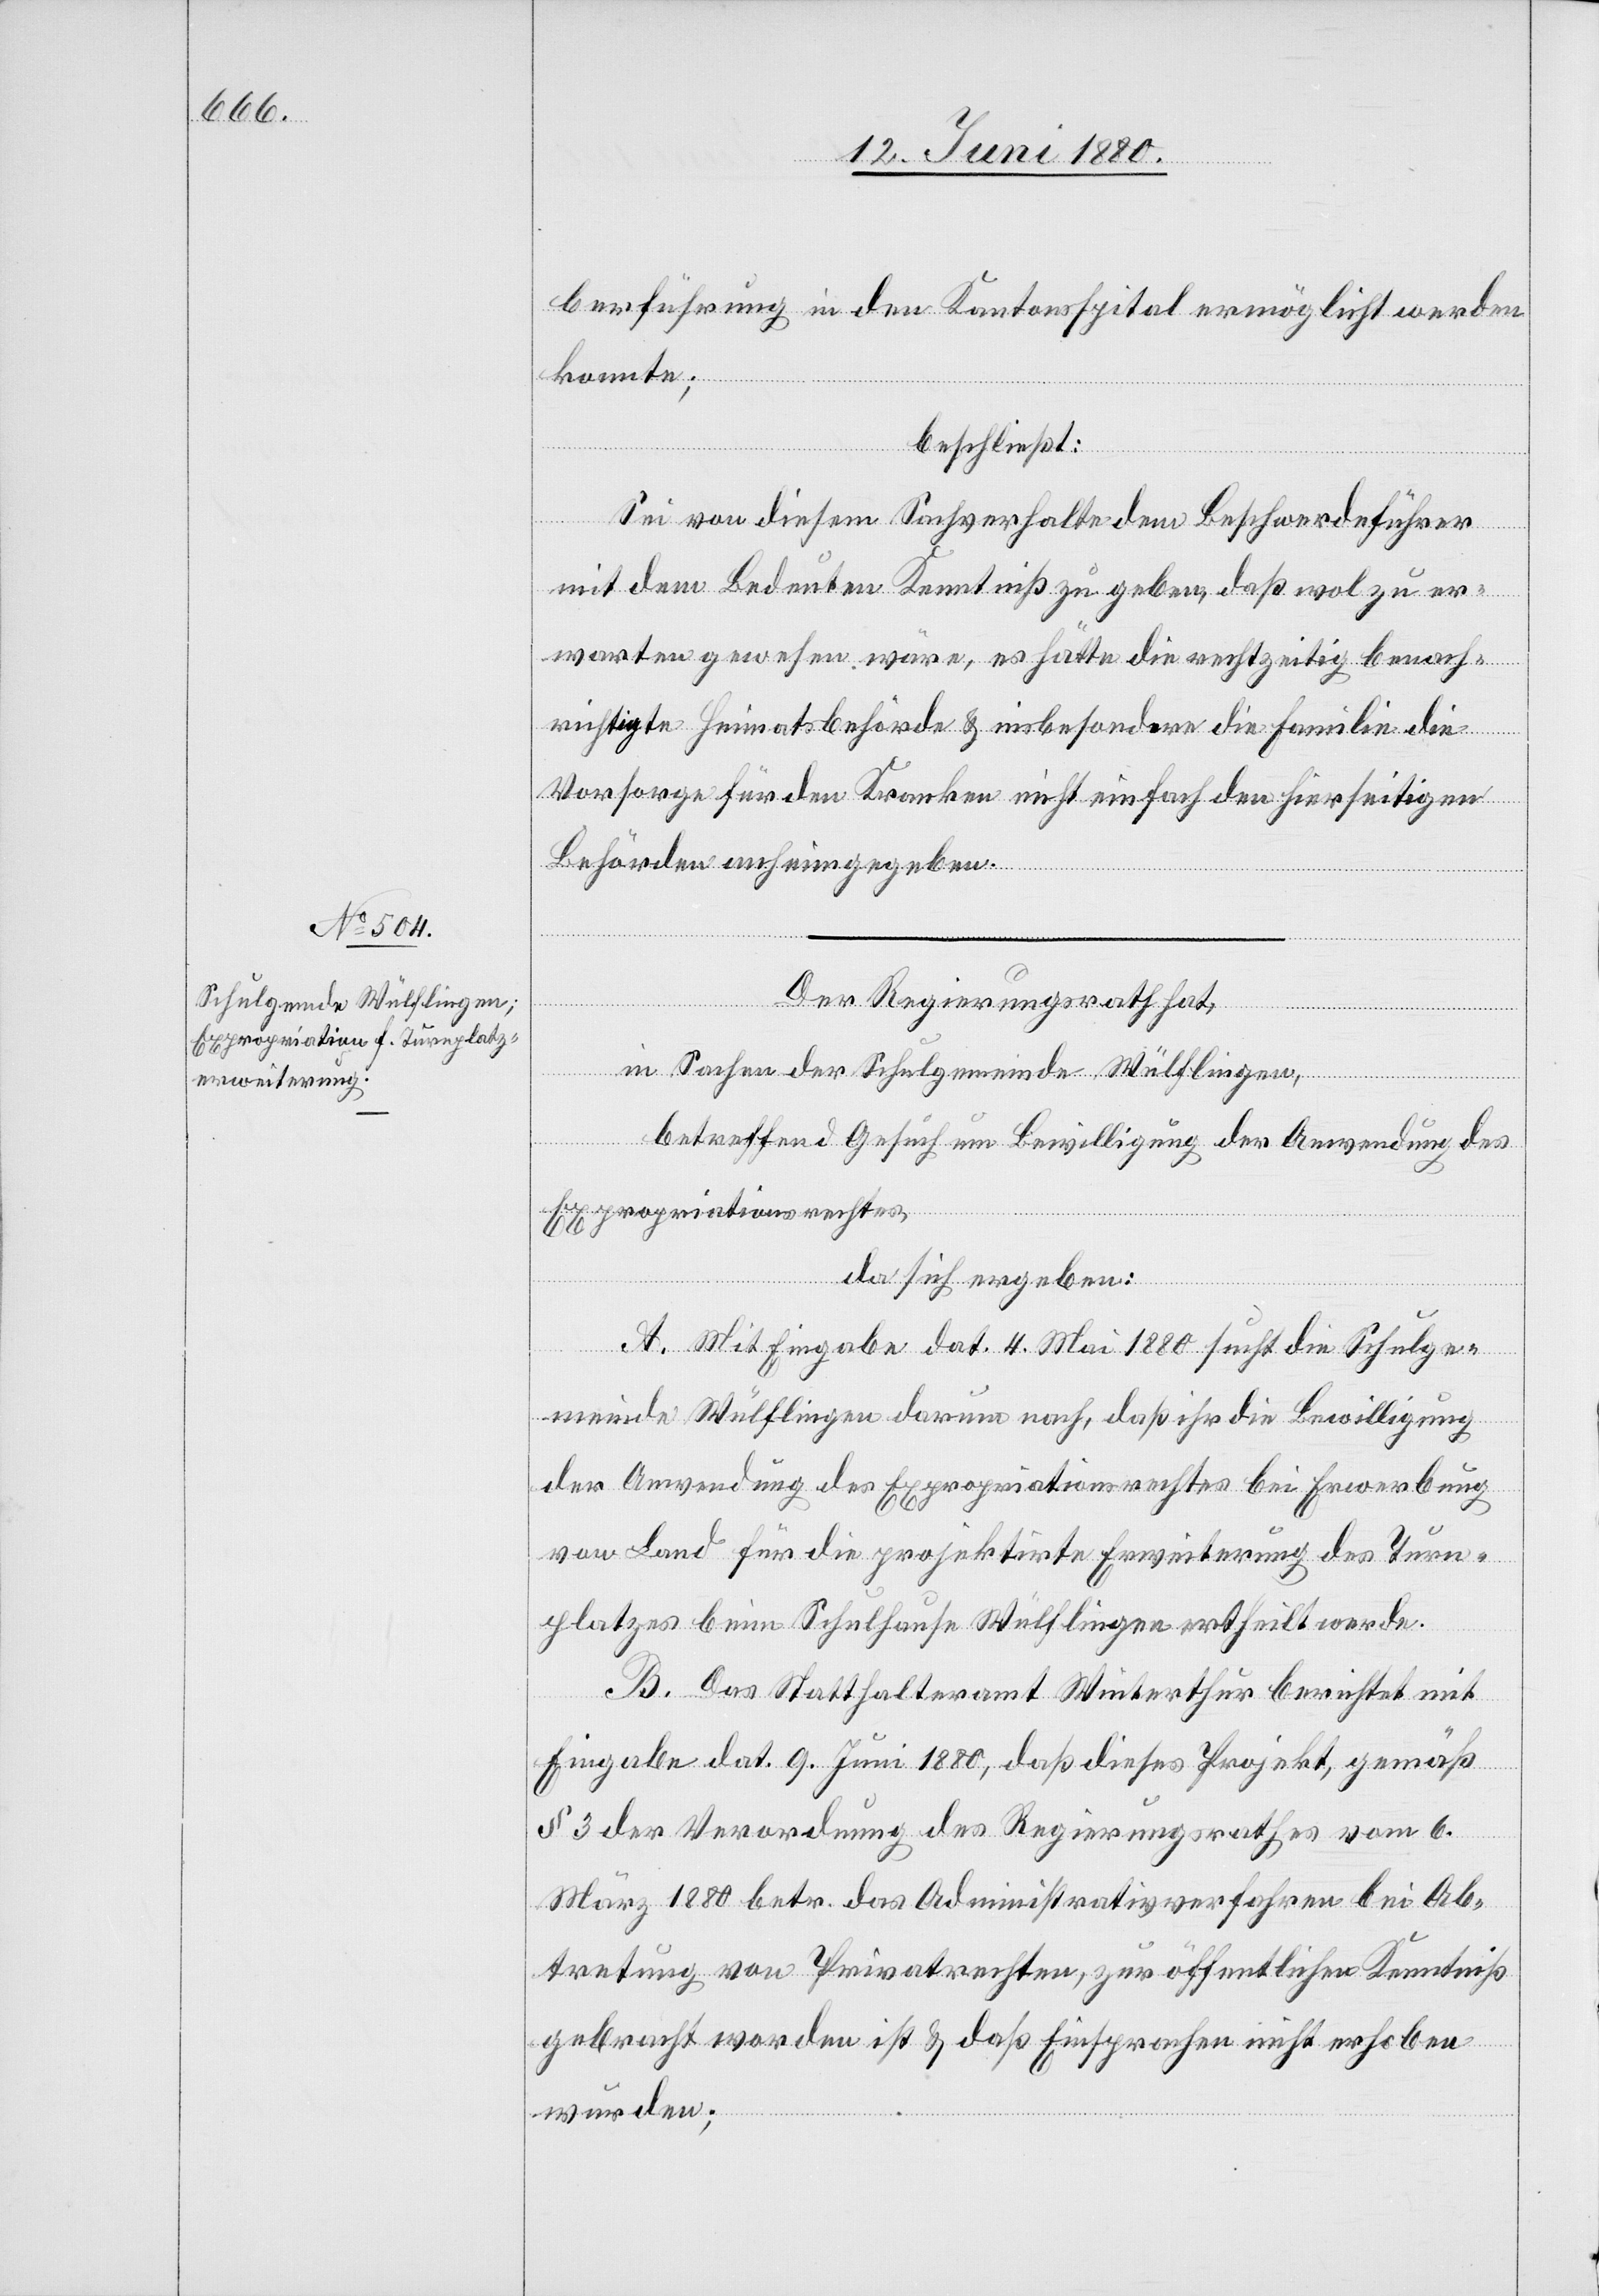
berführung in den Kantonsspital ermöglicht werden
konnte;
beschließt:
Sei von diesem Sachverhalte dem Beschwerdeführer
mit dem Bedeuten Kenntniß zu geben, daß wol zu er¬
warten gewesen wäre, es hätte die rechtzeitig benach¬
richtigte Heimatsbehörde & insbesondere die Familie die
Vorsorge für den Kranken nicht einfach den hierseitigen
Behörden anheimgegeben.
Der Regierungsrath hat,
in Sachen der Schulgemeinde Wülflingen,
betreffend Gesuch um Bewilligung der Anwendung des
Expropriationsgesetzes,
da sich ergeben:
A. Mit Eingabe dat. 4. Mai 1880 sucht die Schulge¬
meinde Wülflingen darum nach, daß ihr die Bewilligung
der Anwendung des Expropriationsrechtes bei Erwerbung
von Land für die projektirte Erweiterung des Turn¬
platzes beim Schulhause Wülflingen ertheilt werde.
B. Das Statthalteramt Winterthur berichtet mit
Eingabe dat. 9. Juni 1880, daß dieses Projekt, gemäß
§ 3 der Verordnung des Regierungsrathes vom 6.
März 1880 betr. das Administrativverfahren bei Ab¬
tretung von Privatrechten, zur öffentlichen Kenntniß
gebracht worden ist / daß Einsprachen nicht erhoben
wurden;